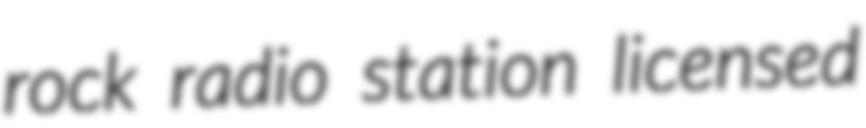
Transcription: rock radio station licensed